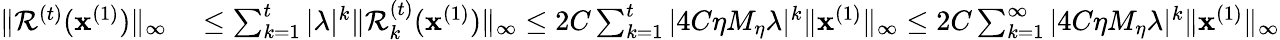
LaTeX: \begin{array}{rl}{\| \mathcal{R}^{(t)}(\mathbf{x}^{(1)})\| _{\infty}}&{{}\leq\sum_{k=1}^{t}|\lambda|^{k}\| \mathcal{R}_{k}^{(t)}(\mathbf{x}^{(1)})\| _{\infty}\leq 2C\sum_{k=1}^{t}|4C\eta M_{\eta}\lambda|^{k}\| \mathbf{x}^{(1)}\| _{\infty}\leq 2C\sum_{k=1}^{\infty}|4C\eta M_{\eta}\lambda|^{k}\| \mathbf{x}^{(1)}\| _{\infty}}\end{array}